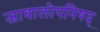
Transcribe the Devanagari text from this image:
जाबालोपनिषद्